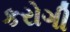
કરોગી